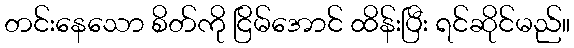
တင်းနေသော စိတ်ကို ငြိမ်အောင် ထိန်းပြီး ရင်ဆိုင်မည်။